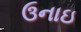
ઉનાઇ